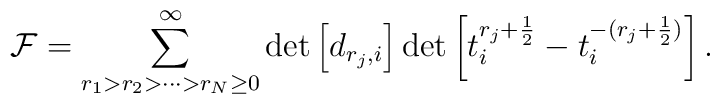
{\cal F} = \sum_{r_{1}>r_{2}>\cdots>r_{N} \geq 0}^{\infty}\det\left[d_{r_{j},i}\right]\det\left[t_{i}^{r_{j}+\frac{1}{2}}-t_{i}^{-(r_{j}+\frac{1}{2})}\right].